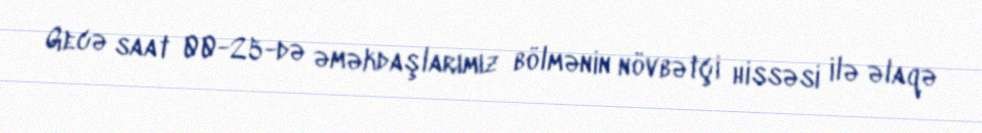
Gecə saat 00-25-də əməkdaşlarımız bölmənin növbətçi hissəsi ilə əlaqə